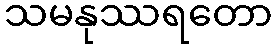
သမနုဿရတော